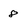
Character: 8